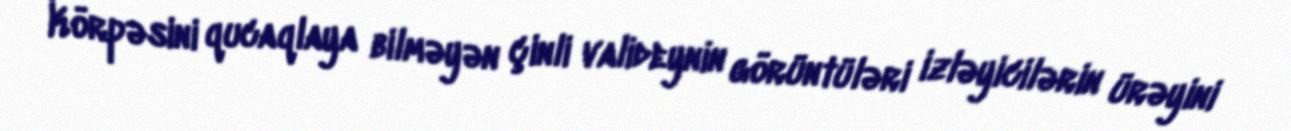
Körpəsini qucaqlaya bilməyən çinli valideynin görüntüləri izləyicilərin ürəyini